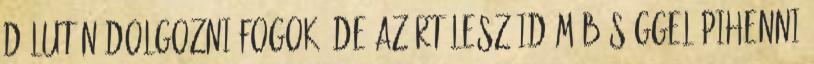
délután dolgozni fogok, de azért lesz időm bőséggel pihenni